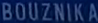
BOUZNIKA